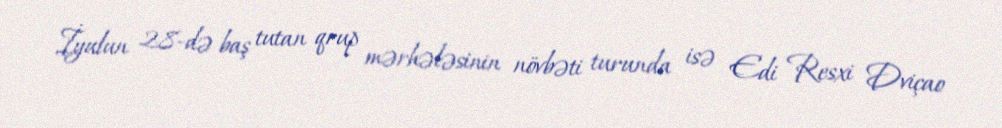
İyulun 28-də baş tutan qrup mərhələsinin növbəti turunda isə Edi Resxi Dviçao